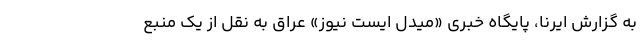
به گزارش ایرنا، پایگاه خبری «میدل ایست نیوز» عراق به نقل از یک منبع